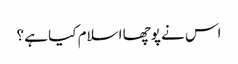
اس نے پوچھا اسلام کیا ہے ؟